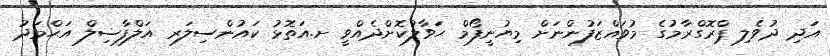
އަދި ދުވެލި ޕްރޮގްރާމުގެ މުވައްޒަފުންނަށް މިޔުނީފޯމް ޙަވާލުކޮށްދެއްވީ ށ.އަތޮޅު ކައުންސިލަރ އަލްފާޟިލް އަޙްމަދު